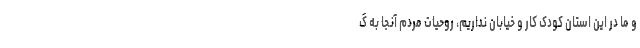
و ما در این استان کودک کار و خیابان نداریم، روحیات مردم آنجا به گ